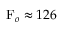
\mathrm { F } _ { o } \approx 1 2 6